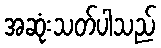
အဆုံးသတ်ပါသည်